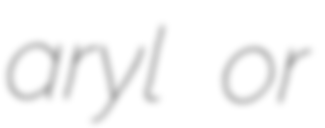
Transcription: aryl or